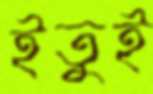
ইতুই